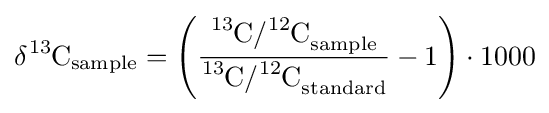
\delta {\ce {^{13}C}}_{\mathrm {sample} }=\left({\frac {{\ce {^{13}C/^{12}C}}_{{\ce {sample}}}}{{\ce {^{13}C/^{12}C}}_{\mathrm {standard} }}}-1\right)\cdot 1000